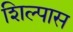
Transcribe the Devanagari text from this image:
शिल्पास